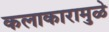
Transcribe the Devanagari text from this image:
कलाकारामुळे